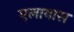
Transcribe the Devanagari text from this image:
एलायास